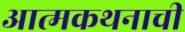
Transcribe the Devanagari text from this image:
आत्मकथनाची